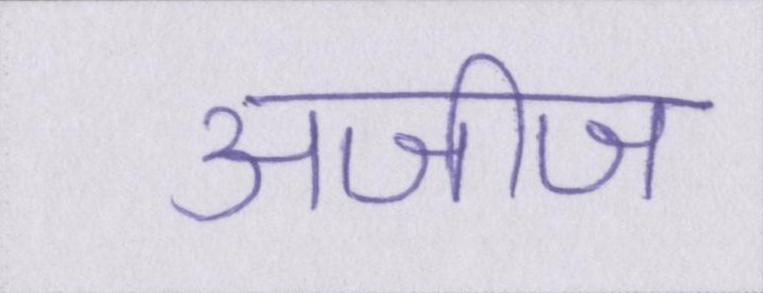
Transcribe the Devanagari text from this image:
अजीज